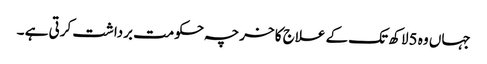
جہاں وہ 5لاکھ تک کے علاج کا خرچہ حکومت برداشت کرتی ہے ۔